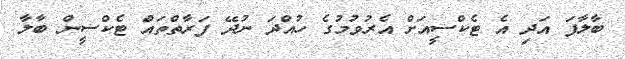
ބާލާފަ އަދި އެ ޓެކްސީއަށް އެރުވުމުގެ ހުއްދަ ނުދޭ ފަރާތްތައް ޓެކްސީން ބާލާ